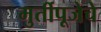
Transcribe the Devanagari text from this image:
मुर्तीपूजेचे